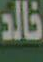
خالد